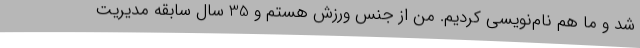
شد و ما هم نام‌نویسی کردیم. من از جنس ورزش هستم و 35 سال سابقه مدیریت